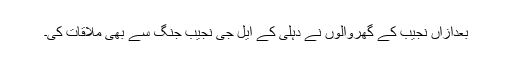
بعدازاں نجیب کے گھروالوں نے دہلی کے ایل جی نجیب جنگ سے بھی ملاقات کی۔